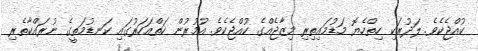
ކުއްޖެކެވެ. ލަދުރަކި ހިތްހެޔޮ މަޑުމައިތިރި މިޒާޖެއްގެ ކުއްޖެކެވެ. އުމުރުން ހަތްއަހަރުގައި ކަނޑުމަތީގެ ނުރައްކާތެރި